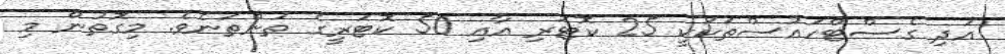
އަދި ގެސްޓްހައުސްތަކަކީ 25 ކޮޓަރި އާއި 50 ކޮޓަރީގެ ތަންތަނެވެ. މިގޮތުން މި